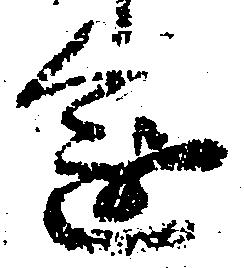
進